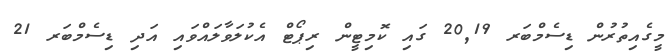
މީގެއިތުރުން ޑިސެމްބަރ 20